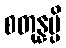
စတုန္နမ္ပိ